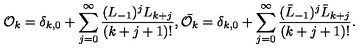
{ \cal O } _ { k } = \delta _ { k , 0 } + \sum _ { j = 0 } ^ { \infty } \frac { ( L _ { - 1 } ) ^ { j } L _ { k + j } } { ( k + j + 1 ) ! } , \bar { { \cal O } _ { k } } = \delta _ { k , 0 } + \sum _ { j = 0 } ^ { \infty } \frac { ( \bar { L } _ { - 1 } ) ^ { j } \bar { L } _ { k + j } } { ( k + j + 1 ) ! } .